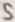
Text: S